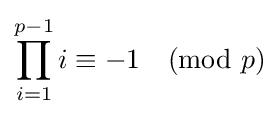
\prod _{i=1}^{p-1}i\equiv -1{\pmod {p}}